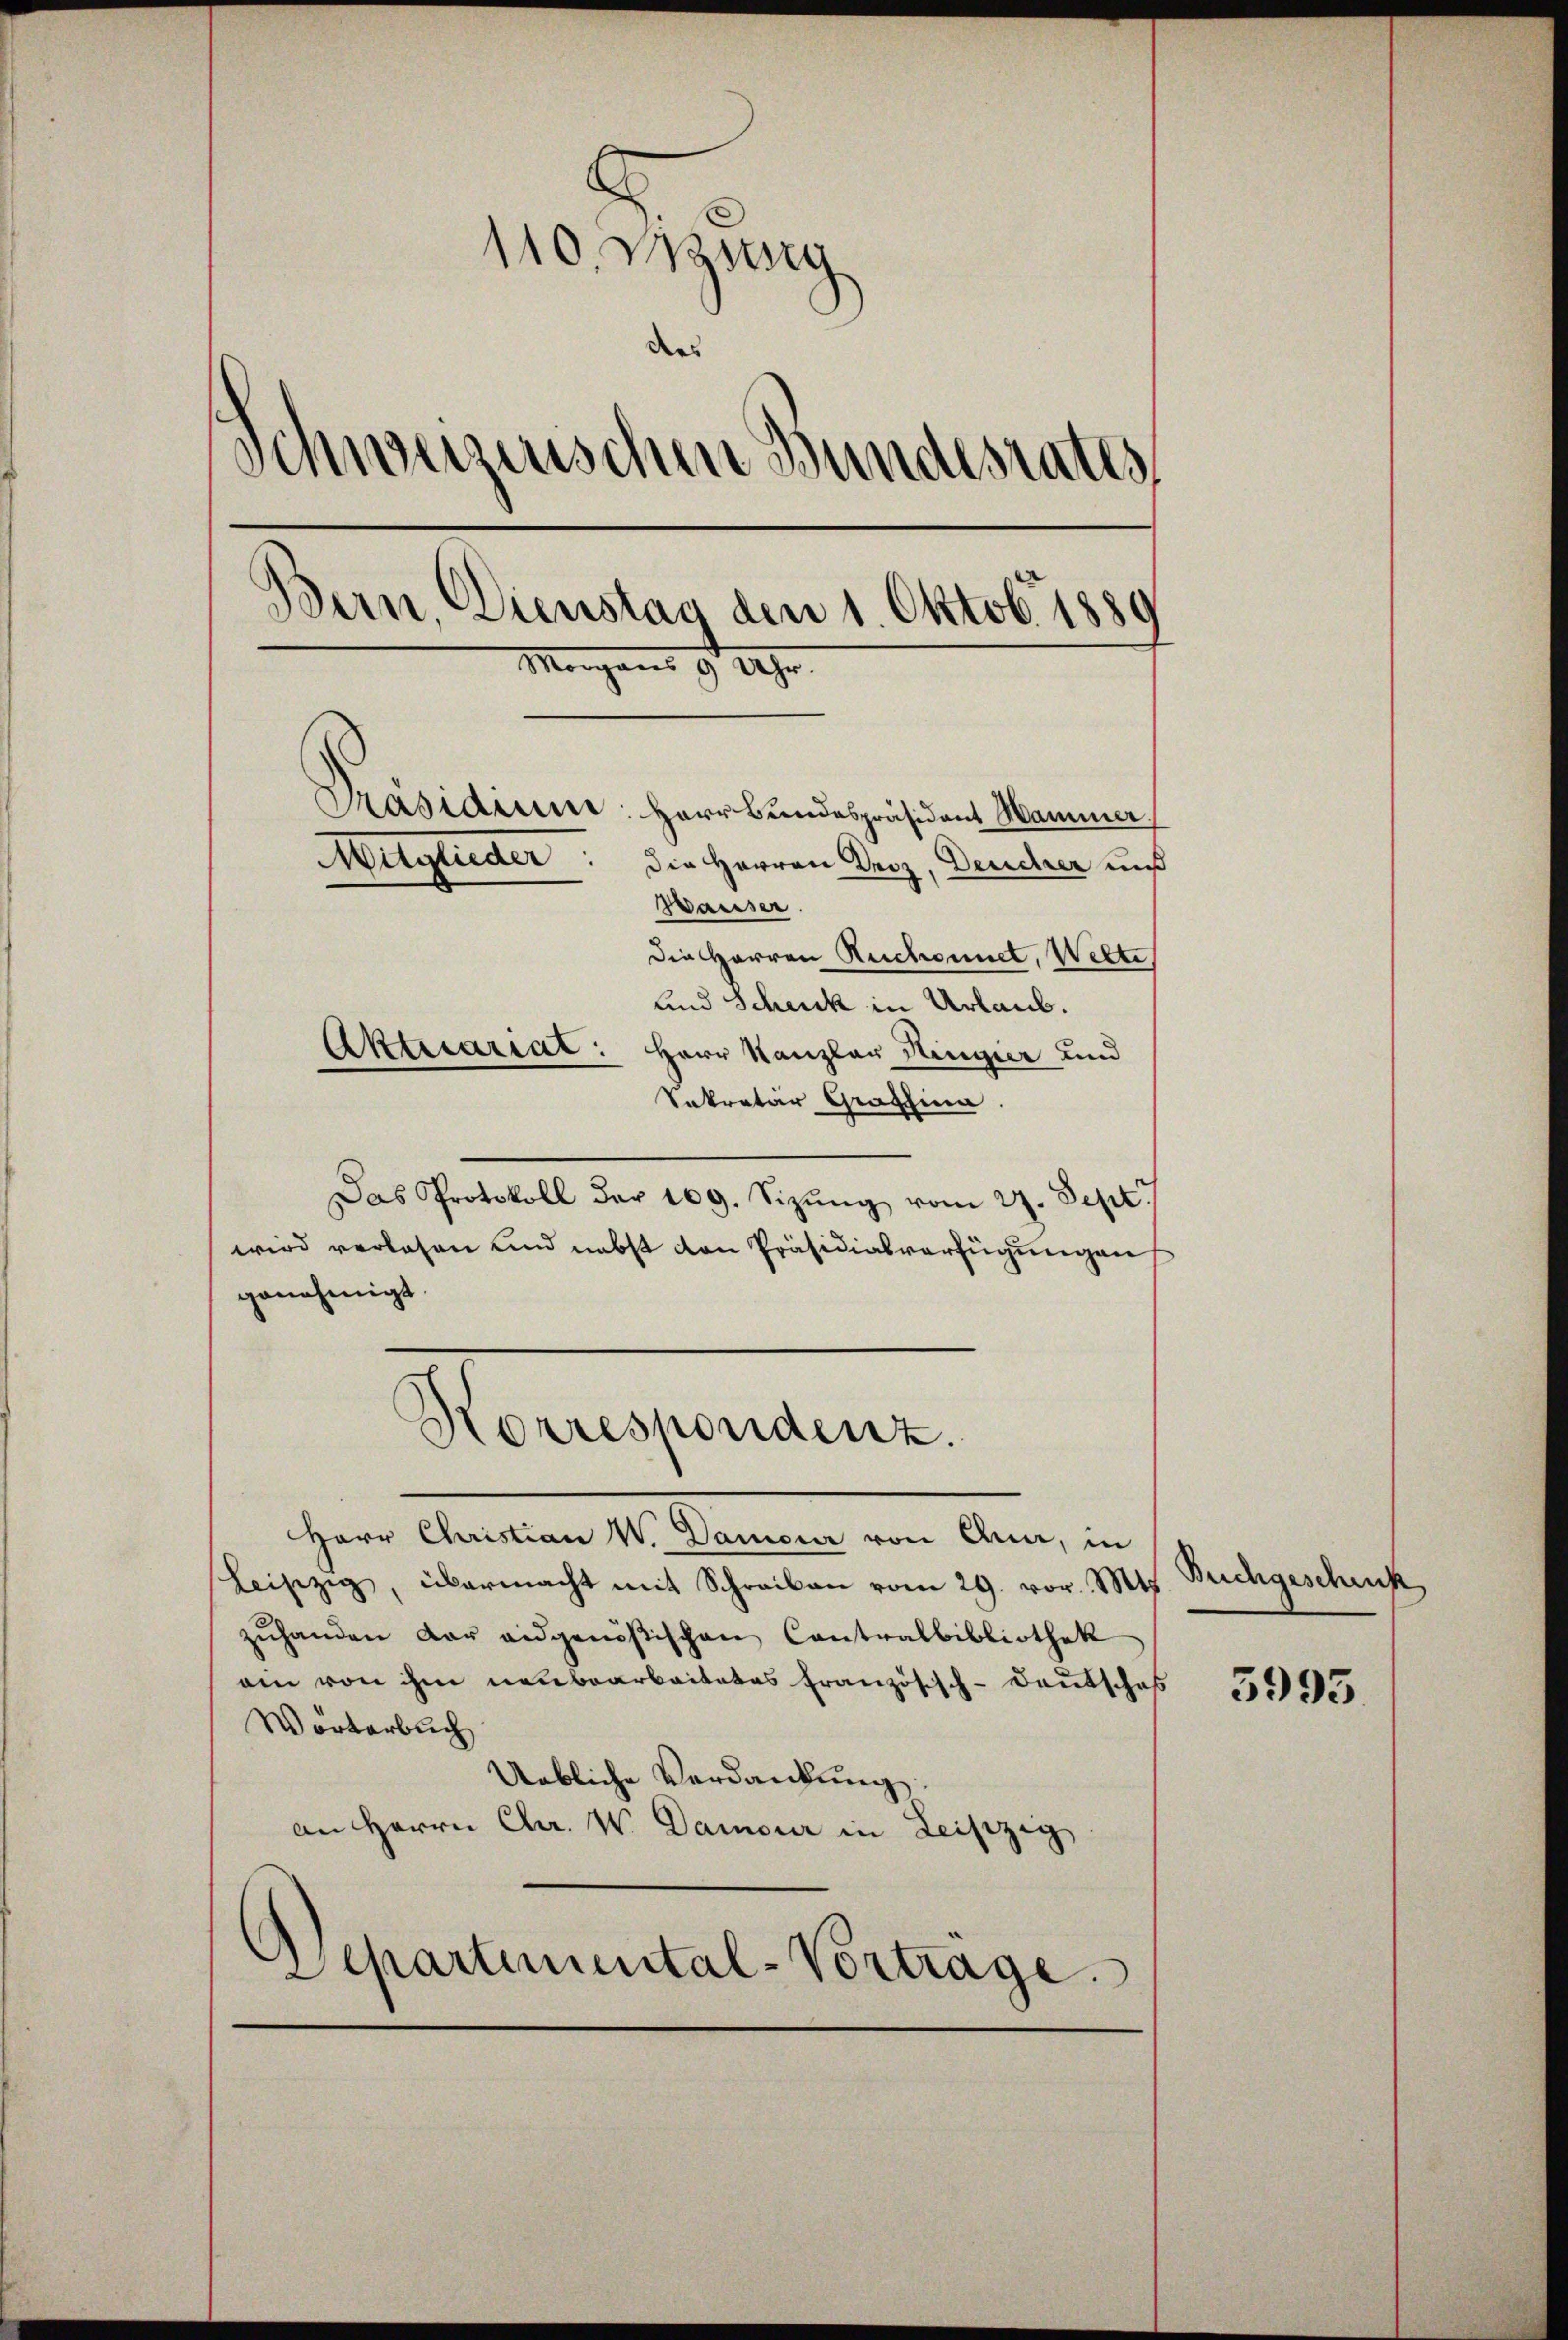
110. zug
dies
Schwerzenschen Bundesrates,
dern Dienstag den 1. Oktob. 1880
Morgens 9 Uhr.
Präsidium. Herr Bundespräsident Hammer
Mitglieder
Die Herren Droz, Deucher uns
Waiser.
Die Herren Ruchonnet, Wette
und Schick in Urlaub.
Aktuariat: Herr Kanzler Hingier und
Sekretar Graffina

Das Protokoll der 109. Sizŭng vom 27. Sept.
wird verlesen und nebst von Präsidialverfügungen
genehmigt.
Korrespondenz.
Herr Christian W. Damoir von Ana, in
leiszig, übermacht mit Schreiben vom 29. vor. Mts
zŭhanden der angenößischen Contralbibliothek
ain von ihm neubearbeitetes Französisch-deutsches
Wörterbuch
Uebliche Verdankung
an Herrn Chr. W. Damour in Leipzig
s
Departimental-Vortrage

Buchgeschick

3995